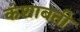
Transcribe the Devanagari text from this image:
कंशाबती